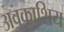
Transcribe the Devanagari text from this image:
अवकाशिय